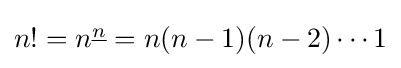
{\textstyle n!=n^{\underline {n}}=n(n-1)(n-2)\cdots 1}